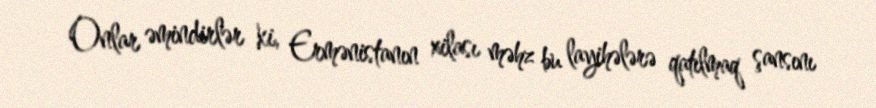
Onlar əmindirlər ki, Ermənistanın xilası məhz bu layihələrə qatılmaq şansını